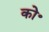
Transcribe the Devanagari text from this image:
को॰